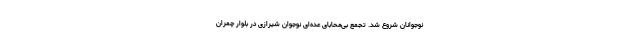
نوجوانان شروع شد. تجمع بی‌محابای عده‌ای نوجوان شیرازی در بلوار چمران